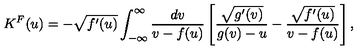
K ^ { F } ( u ) = - \sqrt { f ^ { \prime } ( u ) } \int _ { - \infty } ^ { \infty } \frac { d v } { v - f ( u ) } \left[ \frac { \sqrt { g ^ { \prime } ( v ) } } { g ( v ) - u } - \frac { \sqrt { f ^ { \prime } ( u ) } } { v - f ( u ) } \right] ,